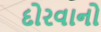
દોરવાનો